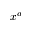
x ^ { a }